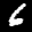
Label: 6